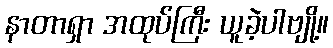
နာတာရှာ အထုပ်ကြီး ယူခဲ့ပါဗျို့။